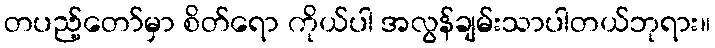
တပည့်တော်မှာ စိတ်ရော ကိုယ်ပါ အလွန်ချမ်းသာပါတယ်ဘုရား။